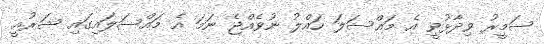
ސަމީރު ވިދާޅުވީ އެ މައްސަލަ ހައްލު ނުވެއްޖެ ނަމަ އެ މައްސަލައިގައި ޝަރުއީ